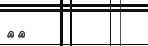
٢٢